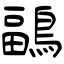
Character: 鶝